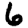
Digit: 6